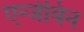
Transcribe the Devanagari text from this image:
एन्जेविन